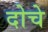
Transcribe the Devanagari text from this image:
दोचे